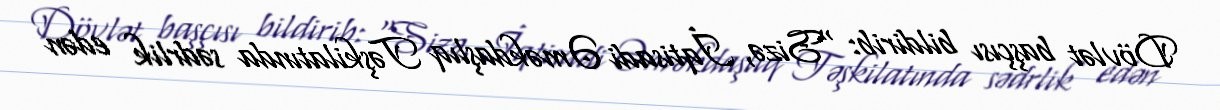
Dövlət başçısı bildirib: "Sizə, İqtisadi Əməkdaşlıq Təşkilatında sədrlik edən